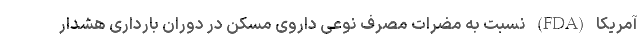
آمریکا (FDA) نسبت به مضرات مصرف نوعی داروی مسکن در دوران بارداری هشدار